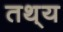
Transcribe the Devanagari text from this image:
तथ्‌य